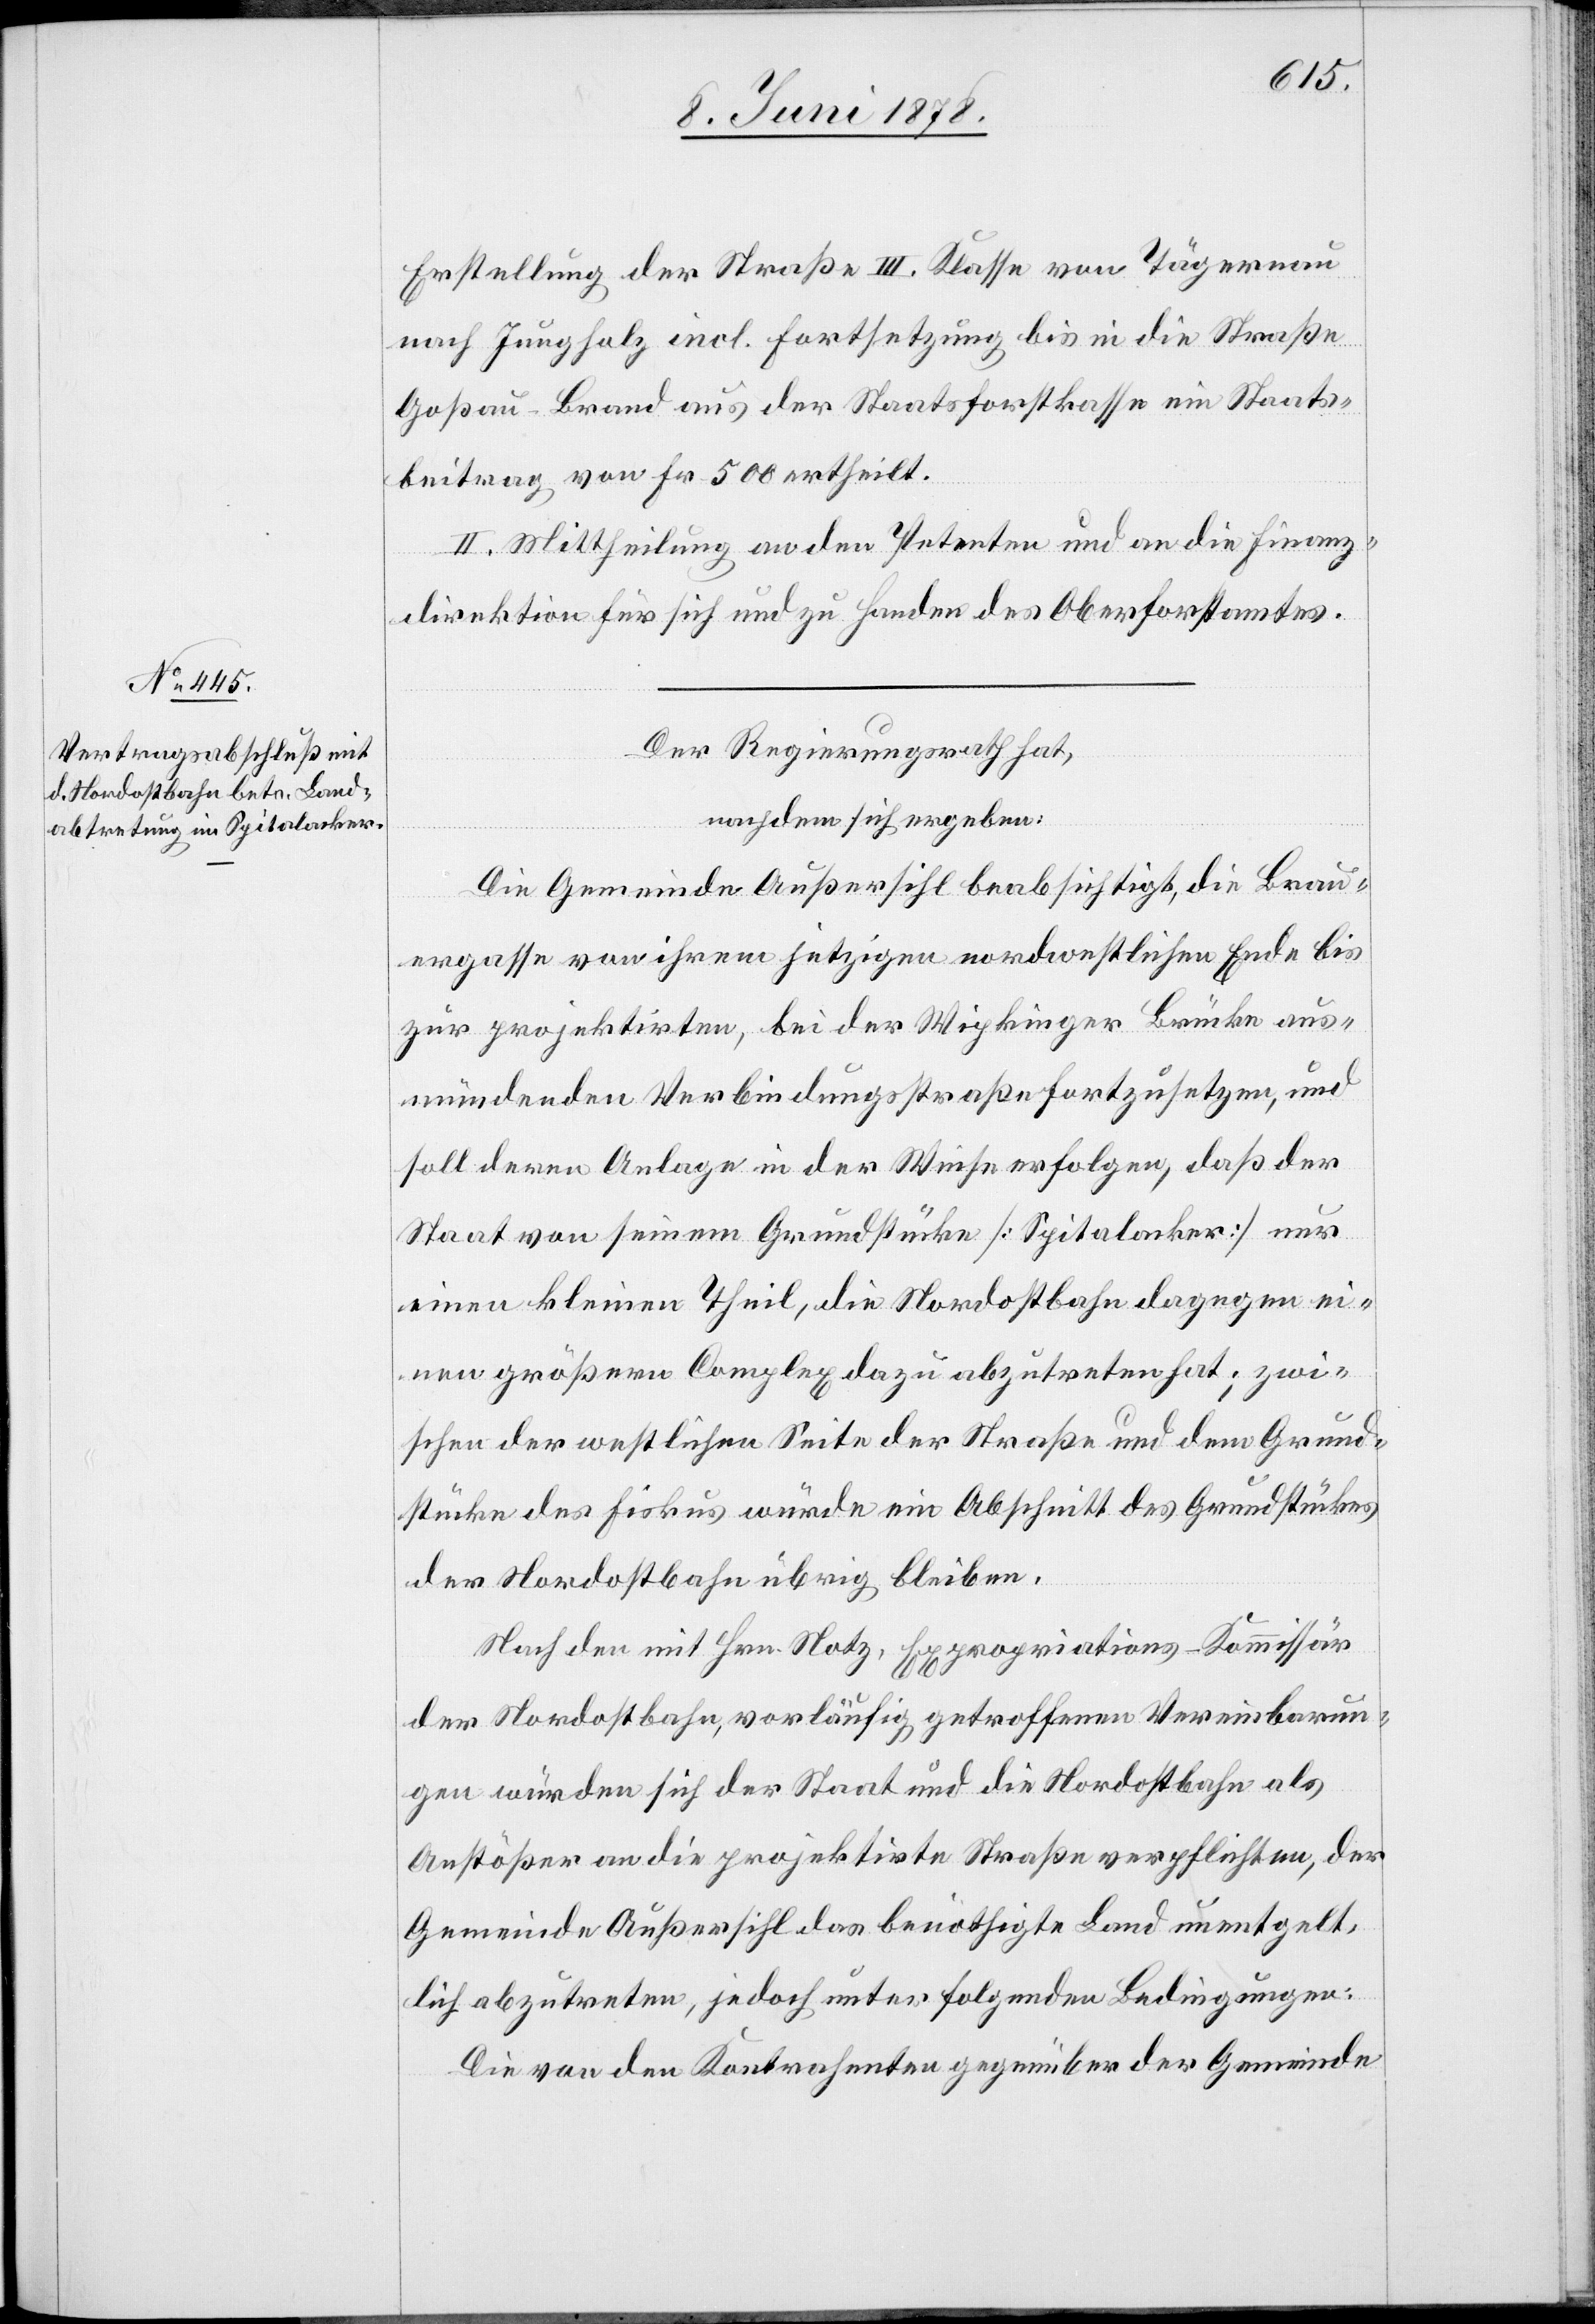
Erstellung der Straße III. Klasse von Tägernau
nach Jungholz incl. Fortsetzung bis in die Straße
Goßau–Brand aus der Staatsforstkasse ein Staats¬
beitrag von Fr. 500 ertheilt.
2.] Mittheilung an den Petenten und an die Finanz¬
direktion für sich und zu Handen des Oberforstamtes.
Der Regierungsrath hat,
nachdem sich ergeben:
Die Gemeinde Außersihl beabsichtigt, die Brau¬
ergasse von ihrem jetzigen nordwestlichen Ende bis
zur projektirten, bei der Wipkinger Brücke aus¬
mündenden Verbindungsstraße fortzusetzen, und
soll deren Anlage in der Weise erfolgen, daß der
Staat von seinem Grundstücke [Spitalacker] nur
einen kleinen Theil, die Nordostbahn dagegen ei¬
nen größern Complex dazu abzutreten hat; zwi¬
schen der westlichen Seite der Straße und dem Grund¬
stücke des Fiskus würde ein Abschnitt des Grundstückes
der Nordostbahn übrig bleiben.
Nach den mit Hrn. Notz, Expropriations-Kommissär
der Nordostbahn, vorläufig getroffenen Vereinbarun¬
gen würden sich der Staat und die Nordostbahn als
Anstößer an die projektirte Straße verpflichten, der
Gemeinde Außersihl das benöthigte Land unentgelt¬
lich abzutreten, jedoch unter folgenden Bedingungen:
Die von den Kontrahenten gegenüber der Gemeinde